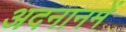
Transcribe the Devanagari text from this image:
अदनानमें